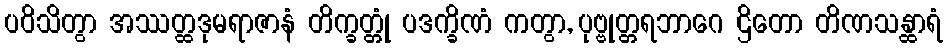
ပဝိသိတွာ အဿတ္ထဒုမရာဇာနံ တိက္ခတ္တုံ ပဒက္ခိဏံ ကတွာ, ပုဗ္ဗုတ္တရဘာဂေ ဌိတော တိဏသန္ထာရံ